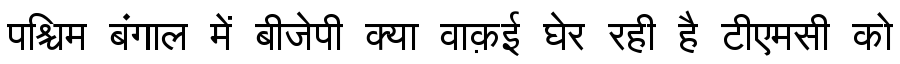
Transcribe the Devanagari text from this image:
पश्चिम बंगाल में बीजेपी क्या वाक़ई घेर रही है टीएमसी को